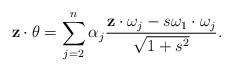
LaTeX: \begin{align*} \mathbf z \cdot \theta=\sum_{j=2}^{n}\alpha_j\frac{\mathbf z\cdot \omega_j-s\omega_1\cdot \omega_j}{\sqrt{1+s^2}}. \end{align*}